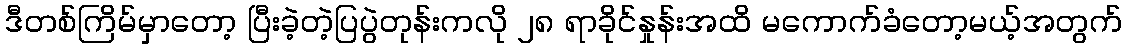
ဒီတစ်ကြိမ်မှာတော့ ပြီးခဲ့တဲ့ပြပွဲတုန်းကလို ၂၈ ရာခိုင်နှုန်းအထိ မကောက်ခံတော့မယ့်အတွက်